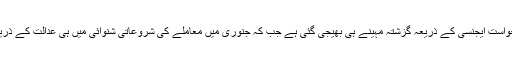
انڈین ایکسپریس کے مطابق ،ان کا کہنا تھا کہ یہ درخواست ایجنسی کے ذریعہ گزشتہ مہینے ہی بھیجی گئی ہے جب کہ جنوری میں معاملے کی شروعاتی شنوائی میں ہی عدالت کے ذریعہ اسے دس ہفتے کے اندر ختم کرنے کو کہا گیاتھا۔